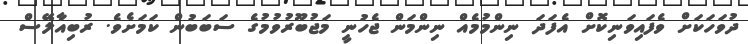
ދުވަހަކަށް ވެފައިވަނިކޮށް އެފަދަ ނިންމުމެއް ނިންމަން ޖެހުނީ މަޖުބޫރުވުމުގެ ސަބަބުން ކަމަށެވެ. ރުބިއާލޭސް